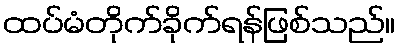
ထပ်မံတိုက်ခိုက်ရန်ဖြစ်သည်။